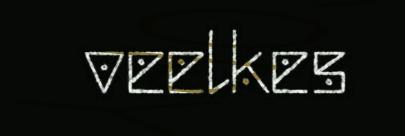
veelkes